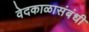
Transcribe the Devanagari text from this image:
वेदकाळासंबंधी